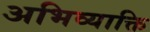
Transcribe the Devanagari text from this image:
अभिव्याक्ति